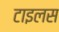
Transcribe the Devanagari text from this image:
टाइलस